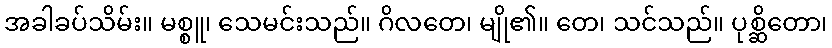
အခါခပ်သိမ်း။ မစ္စူ၊ သေမင်းသည်။ ဂိလတေ၊ မျို၏။ တေ၊ သင်သည်။ ပုစ္ဆိတော၊